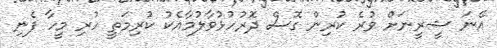
އޭނަ ޝީރީނަށް ވުރެ ކުރިން ގޮސް ދޮރުހުޅުވާލުމާއެކު ކުރިމަތީ ހުރި މީހާ ފެނި